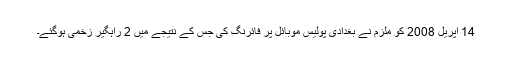
14 اپریل 2008 کو ملزم نے بغدادی پولیس موبائل پر فائرنگ کی جس کے نتیجے میں 2 راہگیر زخمی ہوگئے۔